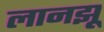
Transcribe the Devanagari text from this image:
लानझू